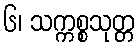
၆၊ သက္ကစ္စသုတ္တ